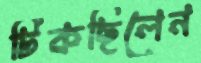
টিকছিলেন